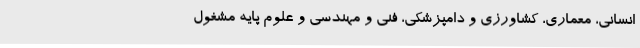
انسانی، معماری، کشاورزی و دامپزشکی، فنی و مهندسی و علوم پایه مشغول